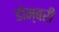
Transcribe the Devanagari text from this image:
डोम्‍बरी